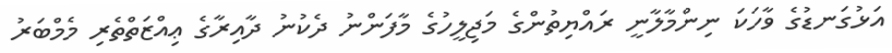
އަޅުގަނޑުގެ ވާހަކަ ނިންމާލާނީ ރައްޔިތުންގެ މަޖިލީހުގެ މާފަންނު ދެކުނު ދާއިރާގެ ޢިއްޒަތްތެރި މެމްބަރު